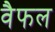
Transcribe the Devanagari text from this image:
वैफल